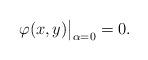
LaTeX: \begin{align*}\varphi(x,y)\big|_{\alpha=0}=0.\end{align*}